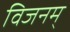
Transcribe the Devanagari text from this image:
विजनम्